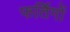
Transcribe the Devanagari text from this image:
फर्तिगों